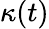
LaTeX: \kappa(t)